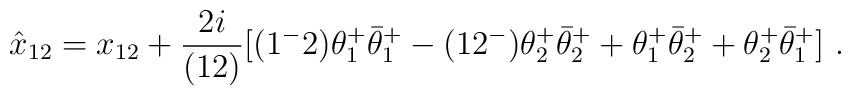
\hat x_{12} =x_{12} + {2i\over (12)} [(1^-2) \theta^+_1 \bar\theta^+_1 -  (12^-) \theta^+_2 \bar\theta^+_2 + \theta^+_1 \bar\theta^+_2 + \theta^+_2  \bar\theta^+_1] \ .